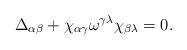
LaTeX: \begin{align*}\Delta_{\alpha\beta}+\chi_{\alpha\gamma}\omega^{\gamma\lambda}\chi_{\beta\lambda}=0. \end{align*}